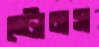
স্টোনস